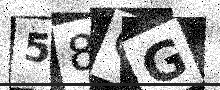
Text: 58CG